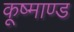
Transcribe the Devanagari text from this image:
कूष्माण्ड